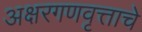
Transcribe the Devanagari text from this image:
अक्षरगणवृत्ताचे